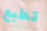
تطبع